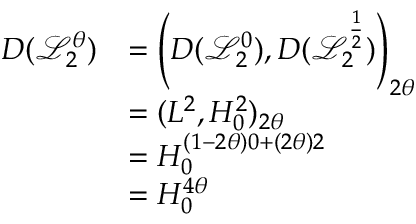
\begin{array} { r l } { D ( \mathcal { L } _ { 2 } ^ { \theta } ) } & { = \left( D ( \mathcal { L } _ { 2 } ^ { 0 } ) , D ( \mathcal { L } _ { 2 } ^ { \frac { 1 } { 2 } } ) \right) _ { 2 \theta } } \\ & { = ( L ^ { 2 } , H _ { 0 } ^ { 2 } ) _ { 2 \theta } } \\ & { = H _ { 0 } ^ { ( 1 - 2 \theta ) 0 + ( 2 \theta ) 2 } } \\ & { = H _ { 0 } ^ { 4 \theta } } \end{array}